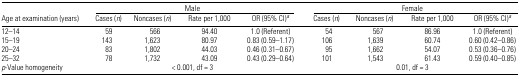
<table><thead><tr><td></td><td colspan="4"><b>Male</b></td><td colspan="4"><b>Female</b></td></tr><tr><td><b>Age at examination (years)</b></td><td><b>Cases (<i>n</i>)</b></td><td><b>Noncases (<i>n</i>)</b></td><td><b>Rate per 1,000</b></td><td><b>OR (95% CI)a</b></td><td><b>Cases (<i>n</i>)</b></td><td><b>Noncases (<i>n</i>)</b></td><td><b>Rate per 1,000</b></td><td><b>OR (95% CI)a</b></td></tr></thead><tbody><tr><td>12–14</td><td>59</td><td>566</td><td>94.40</td><td>1.0 (Referent)</td><td>54</td><td>567</td><td>86.96</td><td>1.0 (Referent)</td></tr><tr><td>15–19</td><td>143</td><td>1,623</td><td>80.97</td><td>0.83 (0.59–1.17)</td><td>106</td><td>1,639</td><td>60.74</td><td>0.60 (0.42–0.86)</td></tr><tr><td>20–24</td><td>83</td><td>1,802</td><td>44.03</td><td>0.46 (0.31–0.67)</td><td>95</td><td>1,662</td><td>54.07</td><td>0.53 (0.36–0.76)</td></tr><tr><td>25–32</td><td>78</td><td>1,732</td><td>43.09</td><td>0.43 (0.29–0.64)</td><td>101</td><td>1,543</td><td>61.43</td><td>0.59 (0.40–0.85)</td></tr><tr><td><i>p</i>-Value homogeneity</td><td colspan="4">&lt; 0.001, df = 3</td><td colspan="4">0.01, df = 3</td></tr></tbody></table>